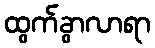
ထွက်ခွာလာရာ